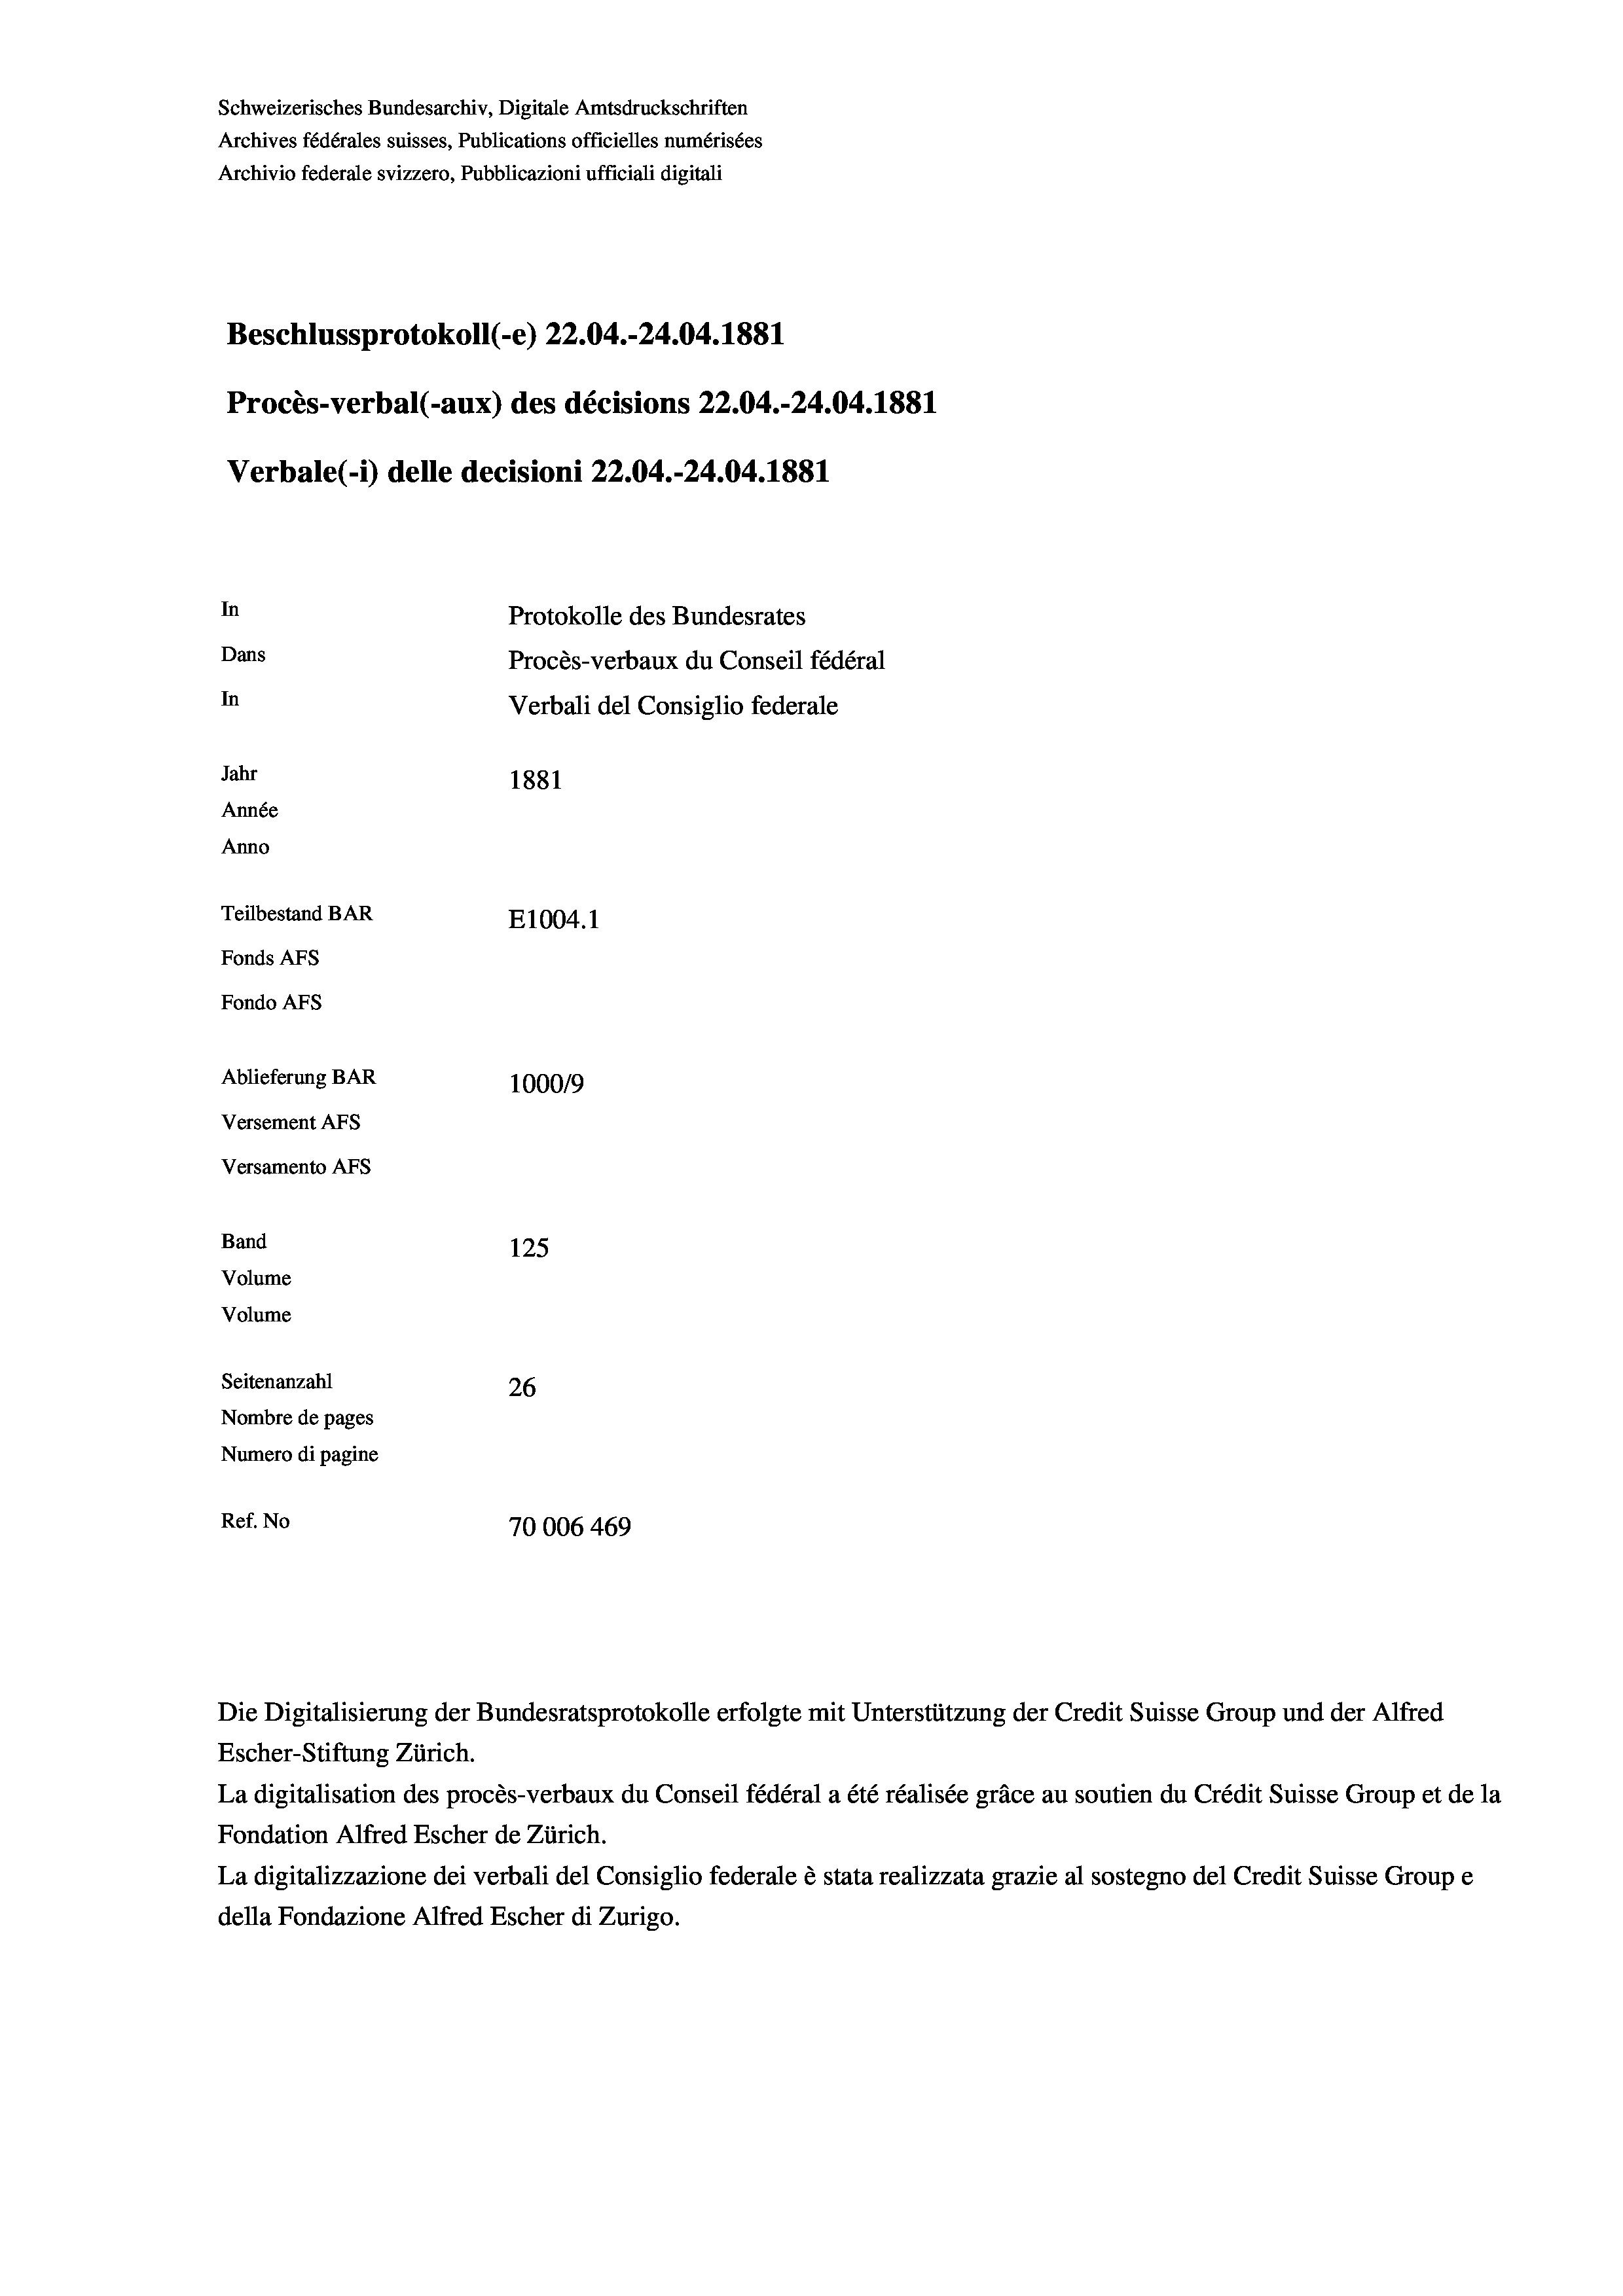
Schweizerisches Bundesarchiv, Digitale Amtsdruckschriften
Archives fédérales suisses, Publications officielles numérisées
Archivio federale svizzero, Pubblicazioni ufficiali digitali
Beschlussprotokoll (-e) 22.04.-24.04. 1881
Procès-verbal (-aux) des décisions 22.04.-24.04. 1881
In
Protokolle des Bundesrates
Dans
Procès-verbaux du Conseil fédéral
In
Jahr
1881
Année
Anno
Teilbestand BAR
E1004.1
Fonds AFs
Fondo Afs
Ablieferung BAR
10009
Versement Ans
Versamento AFs
Band
125
Volume
Volume
Seitenanzahl
26
Nombre de pages
Numero di pagine
Ref. No
70006 469

Verbale(-*) delle decisioni 22.04.-24.04. 1881

Verbali del Consiglio federale

Die Digitalisierung der Bundesratsprotokolle erfolgte mit Unterstützung der Credit Suisse Group und der Alfred
Escher-Stiftung Zürich.
La digitalisation des procès-verbaux du Conseil fédéral a été réalisée gräce au soutien du Crédit Suisse Group et de la
Fondation Alfred Escher de Zürich.
La digitalizzazione dei verbali del Consiglio federale è stata realizzata grazie al sostegno del Credit Suisse Groupe
della Fondazione Alfred Escher di Zurigo.